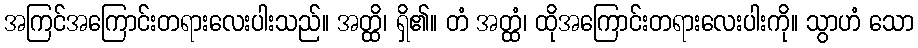
အကြင်အကြောင်းတရားလေးပါးသည်။ အတ္ထိ၊ ရှိ၏။ တံ အတ္ထံ၊ ထိုအကြောင်းတရားလေးပါးကို။ သွာဟံ သော